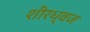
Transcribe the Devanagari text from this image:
शीरध्वज